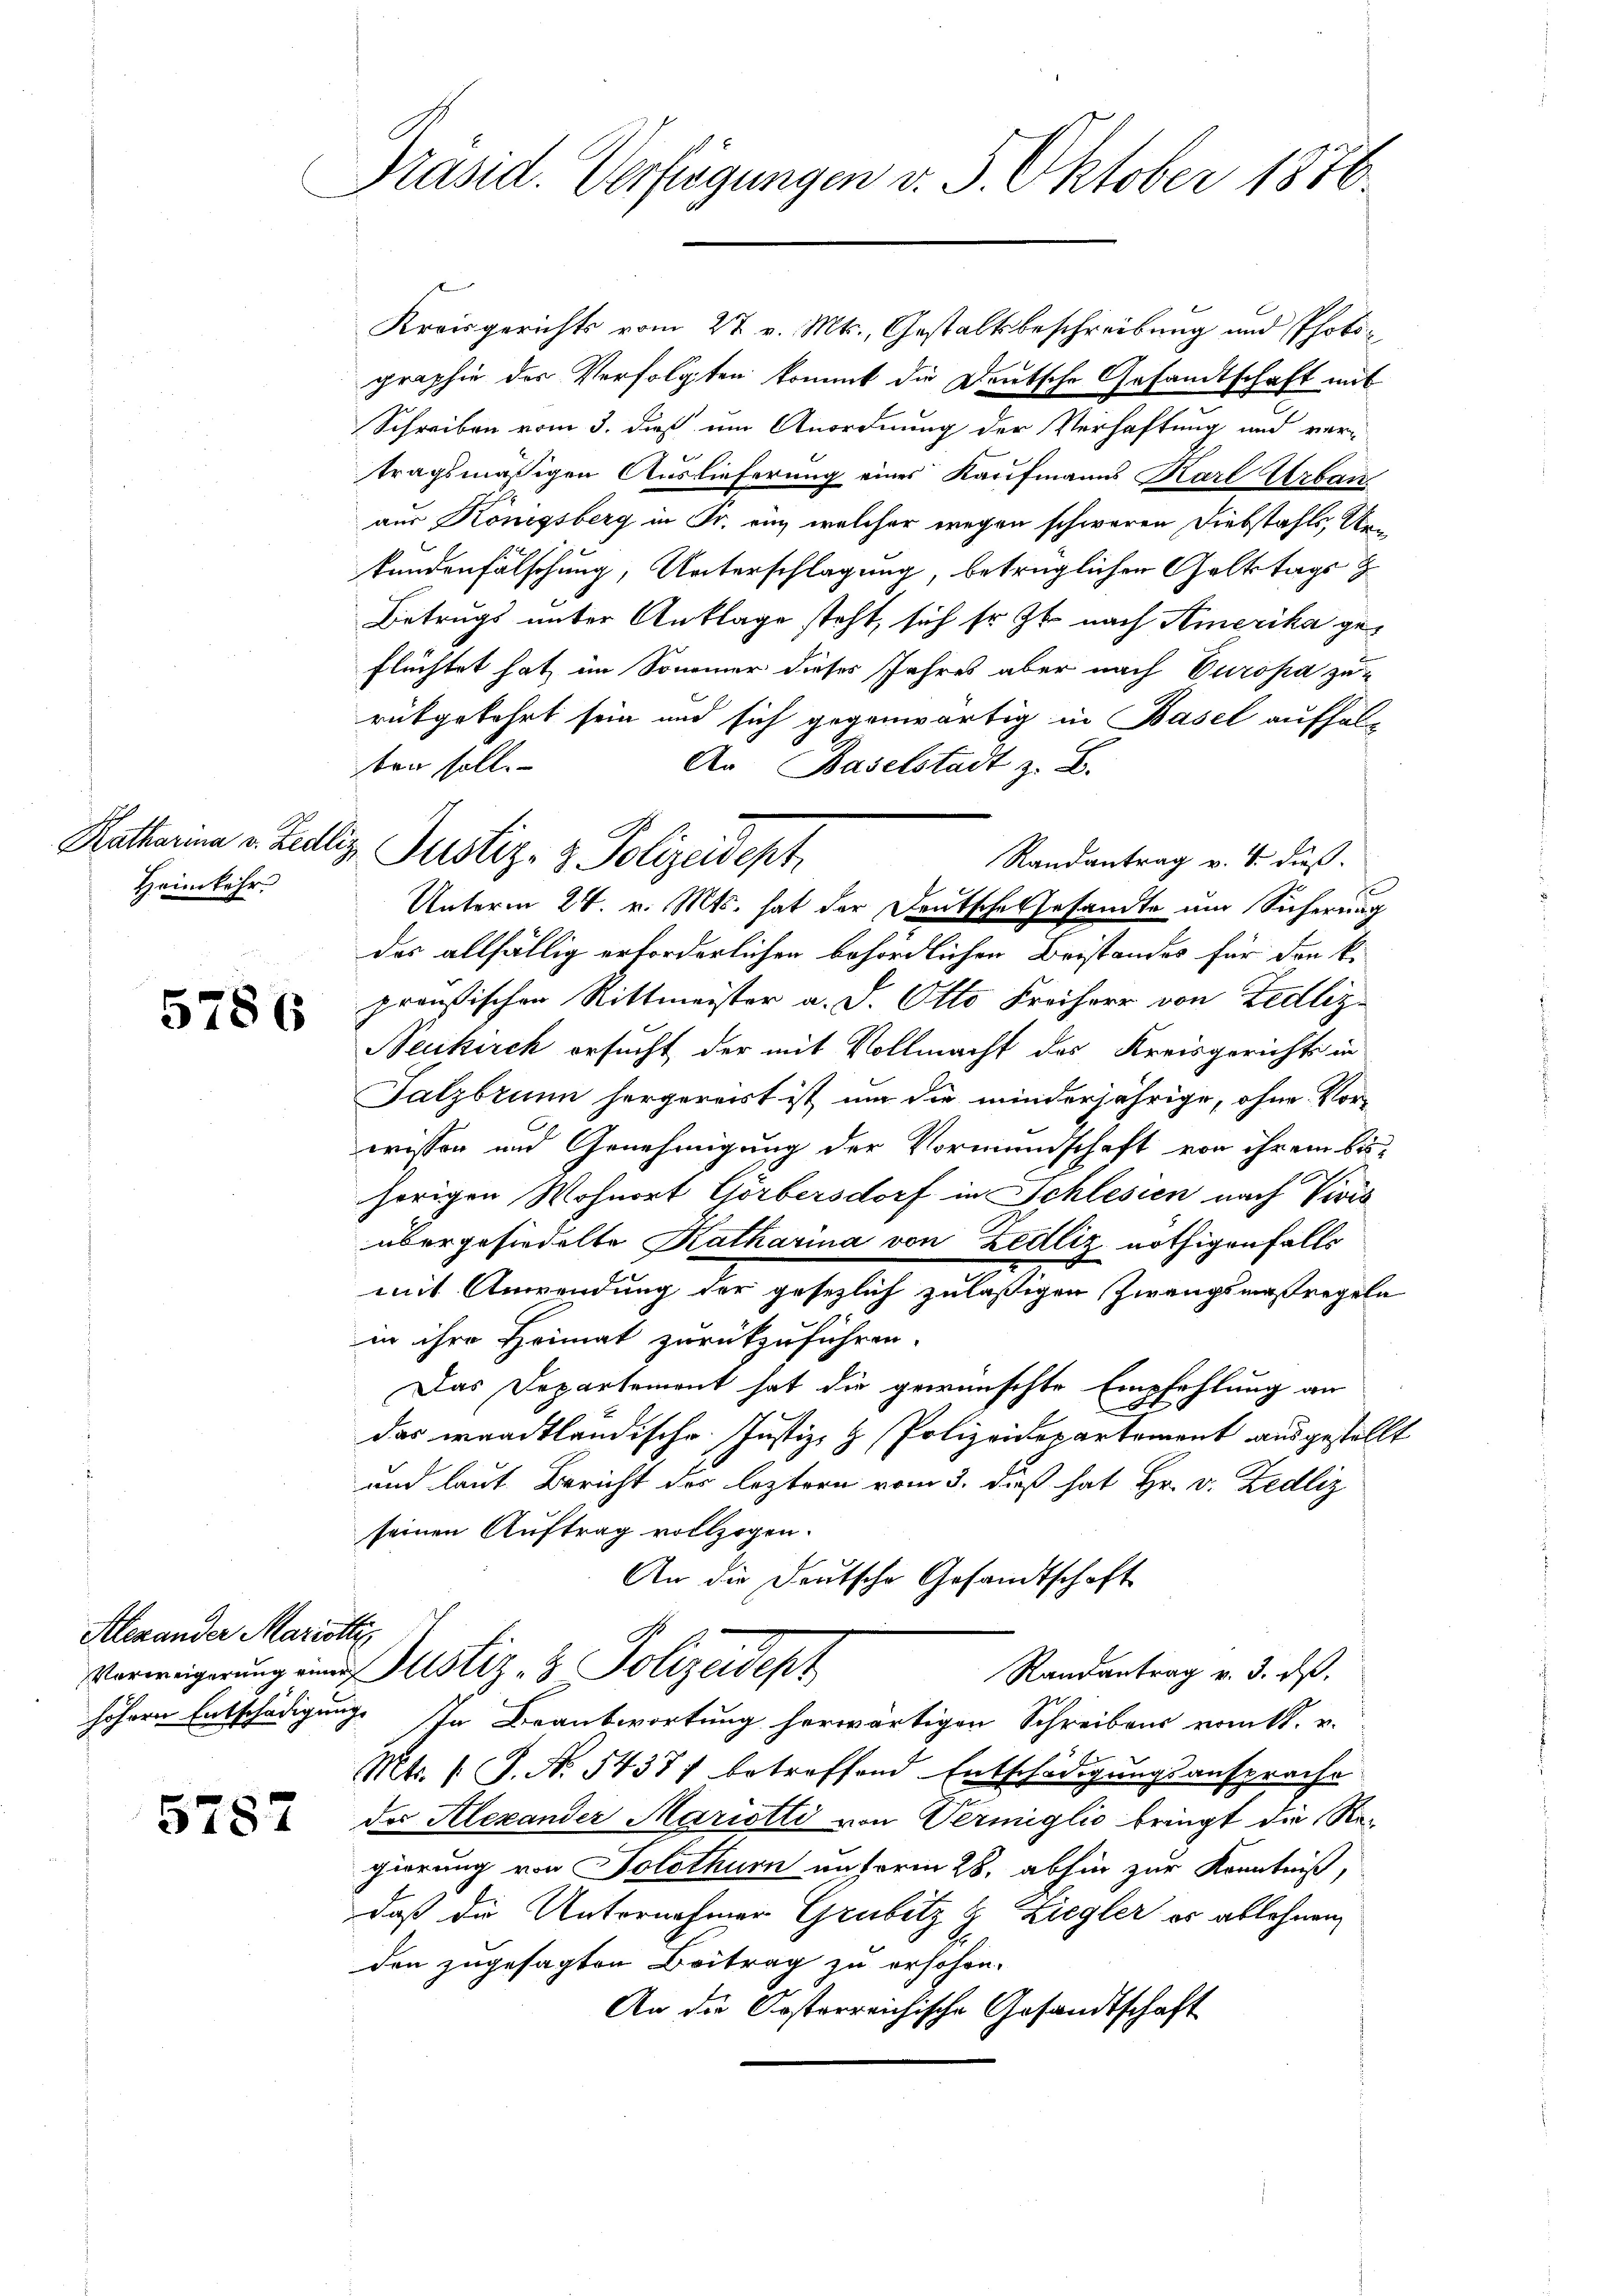
Heimkehr

5786

Alexander Mariotti

5787

Präsid. Verfügungen v. 5. Oktober 1876.

Ratharina u. Fuliz Pustiz- & Polizeidept

Kreisgerichts vom 27. v. Mts., Gestaltsbeschreibung und Photographie der Verfolgten kommt die Deutsche Gesandtschaft mit
Schreiben vom 3. daß um Anordnung der Verhaftung und ver-
tragsmäßigen Auslieferung eines Kaufmanns Karl Urban
aus Königsberg in Fr. ein welcher wegen schweren Diebstahls, Unkundenfälschung, Unterschlagung, betrüglichen Galttags z
Betrugs unter Anklage steht, sich sr. Zt. nach Amerika geflüchtet hat im Sommer dieses Jahres aber nach Europa zurükgekehrt sein und sich gegenwärtig in Basel aufhalben soll.
An Baselstadt z. B.
Randantrag v. 8. dieß.
Unterm 24. v. Mts. hat der Deutsche Gesandte und Sicherung
des allfällig erforderlichen behördlichen Beistandes für den k.
preußischen Rittmeister a. d. Otto Freiherr von Zedliz¬
Neukirch ersucht der mit Vollmacht des Kreisgerichts in
Salzbrunn hergereit ist, um die minderjährige, ohne Vor-
wissen und Genehmigung der Vormundschaft von ihrem bishörigen Wohnort Görbersdorf in Schlesien nach Vivis
übergesiedelte Katharina von Zedliz nöthigenfalls
mit Anwendung der gesezlich zulässigen Zwangsmaßregeln
in ihre Heimat zurückzuführen.
Das Departement hat die gewünschte Empfehlung an
l
das waadtländische Justiz- & Polizeidepartement ausgestellt
und laut Bericht des leztern vom 3. dieß hat Hr. v. Zedliz
seinen Auftrag vollzogen.
An die Deutsche Gesandtschaft
Vorweigerung einer Justiz- & Polizeidept
Randantrag v. 3. d.
höhern Entschädigung. In Beantwortung herwärtigen Schreibens vom 11. v.
f
Mts. 1. J. N. 54387 betreffend Entschädigungsansprache
das Alexander Mariotti von Vermiglio bringt die Regierung von Solothurn unterm 28. abhin zur Kenntniß,
daß die Unternahmen Grubitz H. Ziegler er ablehnen,
den zugesagten Beitrag zu erschon.
An die Kosterreichische Gesandtschaft